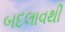
બદલાવથી